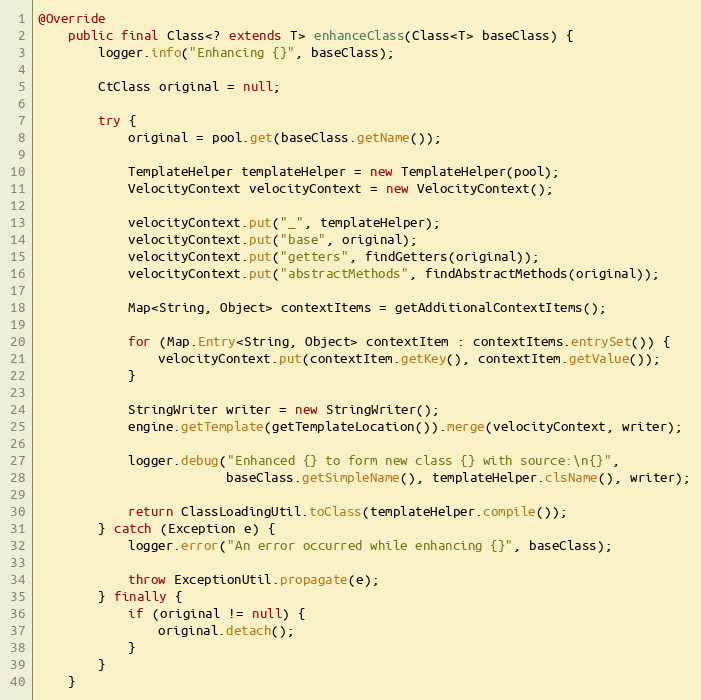
Language: Java
@Override
    public final Class<? extends T> enhanceClass(Class<T> baseClass) {
        logger.info("Enhancing {}", baseClass);

        CtClass original = null;

        try {
            original = pool.get(baseClass.getName());

            TemplateHelper templateHelper = new TemplateHelper(pool);
            VelocityContext velocityContext = new VelocityContext();

            velocityContext.put("_", templateHelper);
            velocityContext.put("base", original);
            velocityContext.put("getters", findGetters(original));
            velocityContext.put("abstractMethods", findAbstractMethods(original));

            Map<String, Object> contextItems = getAdditionalContextItems();

            for (Map.Entry<String, Object> contextItem : contextItems.entrySet()) {
                velocityContext.put(contextItem.getKey(), contextItem.getValue());
            }

            StringWriter writer = new StringWriter();
            engine.getTemplate(getTemplateLocation()).merge(velocityContext, writer);

            logger.debug("Enhanced {} to form new class {} with source:\n{}",
                         baseClass.getSimpleName(), templateHelper.clsName(), writer);

            return ClassLoadingUtil.toClass(templateHelper.compile());
        } catch (Exception e) {
            logger.error("An error occurred while enhancing {}", baseClass);

            throw ExceptionUtil.propagate(e);
        } finally {
            if (original != null) {
                original.detach();
            }
        }
    }